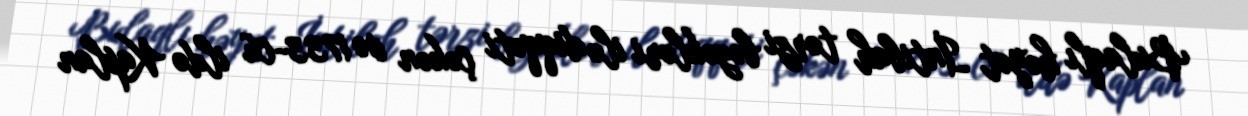
Bulaqlı həyət İntibah tərzi bəzəkləri ilə diqqəti çəkən və 1733-cü ildə Kaplan